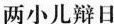
两小儿辩日